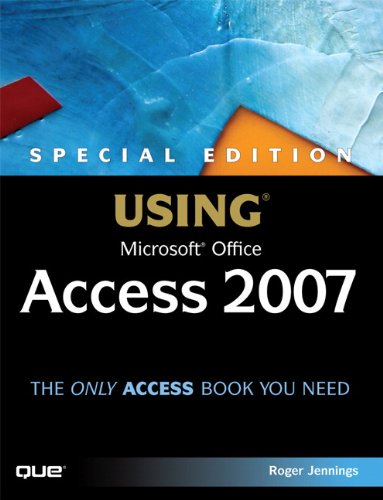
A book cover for Special Edition Using Microsoft Office Access 2007; Roger Jennings; Computers & Technology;